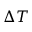
\Delta T